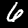
Label: 6